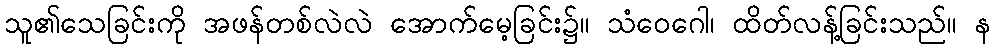
သူ၏သေခြင်းကို အဖန်တစ်လဲလဲ အောက်မေ့ခြင်း၌။ သံဝေဂေါ၊ ထိတ်လန့်ခြင်းသည်။ န